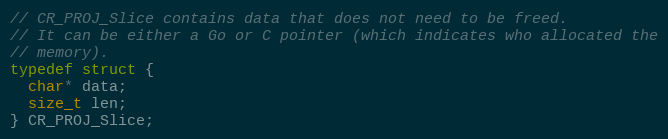
Language: C
// CR_PROJ_Slice contains data that does not need to be freed.
// It can be either a Go or C pointer (which indicates who allocated the
// memory).
typedef struct {
  char* data;
  size_t len;
} CR_PROJ_Slice;